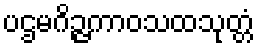
ပဌမဂိဉ္ဇကာဝသထသုတ္တံ